Report on vaccination in Madras 1877-1894 - 1877-1894
Year: 1877
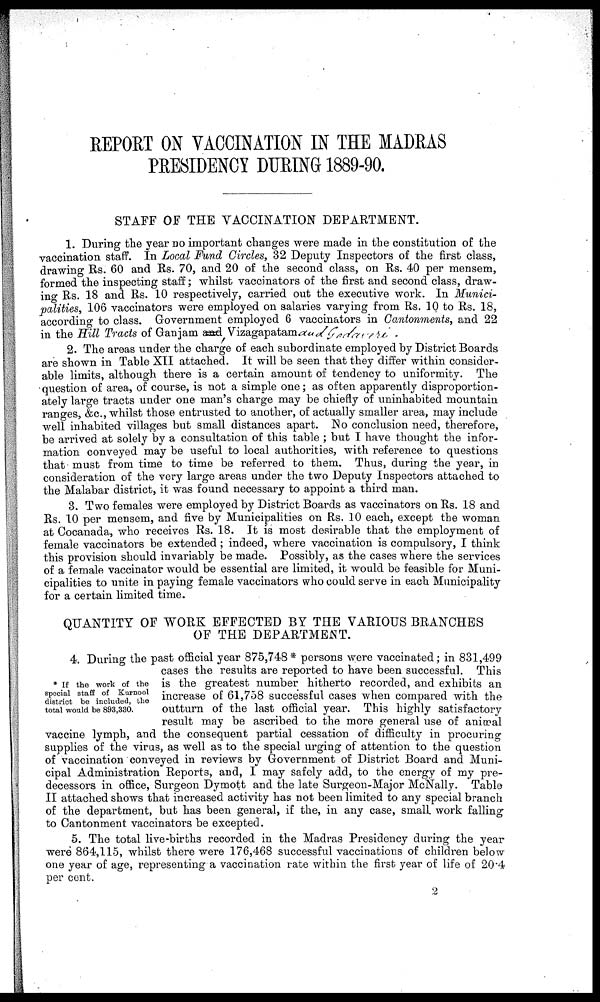
REPORT ON VACCINATION IN THE MADRAS
PRESIDENCY DURING 1889-90.
STAFF OF THE VACCINATION DEPARTMENT.
1. During the year no important changes were made in the constitution of the
vaccination staff. In Local Fund Circles, 32 Deputy Inspectors of the first class,
drawing Rs. 60 and Rs. 70, and 20 of the second class, on Rs. 40 per mensem,
formed the inspecting staff; whilst vaccinators of the first and second class, draw-
ing Rs. 18 and Rs. 10 respectively, carried out the executive work. In Munici-
palities, 106 vaccinators were employed on salaries varying from Rs. 10 to Rs. 18,
according to class. Government employed 6 vaccinators in Cantonments, and 22
in the Hill Tracts of Ganjam and Vizagapatam and Gadavire.
2. The areas under the charge of each subordinate employed by District Boards
are shown in Table XII attached. It will be seen that they differ within consider-
able limits, although there is a certain amount of tendency to uniformity. The
question of area, of course, is not a simple one; as often apparently disproportion-
ately large tracts under one man's charge may be chiefly of uninhabited mountain
ranges, &c., whilst those entrusted to another, of actually smaller area, may include
well inhabited villages but small distances apart. No conclusion need, therefore,
be arrived at solely by a consultation of this table ; but I have thought the infor-
mation conveyed may be useful to local authorities, with reference to questions
that must from time to time be referred to them. Thus, during the year, in
consideration of the very large areas under the two Deputy Inspectors attached to
the Malabar district, it was found necessary to appoint a third man.
3. Two females were employed by District Boards as vaccinators on Rs. 18 and
Rs. 10 per mensem, and five by Municipalities on Rs. 10 each, except the woman
at Cocanada, who receives Rs. 18. It is most desirable that the employment of
female vaccinators be extended; indeed, where vaccination is compulsory, I think
this provision should invariably be made. Possibly, as the cases where the services
of a female vaccinator would be essential are limited, it would be feasible for Muni-
cipalities to unite in paying female vaccinators who could serve in each Municipality
for a certain limited time.
QUANTITY OF WORK EFFECTED BY THE VARIOUS BRANCHES
OF THE DEPARTMENT.
* If the work of the
special staff of Kurnool
district be included, the
total would be 893,330.
4. During the past official year 875,748* persons were vaccinated; in 831,499
cases the results are reported to have been successful. This
is the greatest number hitherto recorded, and exhibits an
increase of 61,758 successful cases when compared with the
outturn of the last official year. This highly satisfactory
result may be ascribed to the more general use of animal
vaccine lymph, and the consequent partial cessation of difficulty in procuring
supplies of the virus, as well as to the special urging of attention to the question
of vaccination conveyed in reviews by Government of District Board and Muni-
cipal Administration Reports, and, I may safely add, to the energy of my pre-
decessors in office, Surgeon Dymott and the late Surgeon-Major McNally. Table
II attached shows that increased activity has not been limited to any special branch
of the department, but has been general, if the, in any case, small work falling
to Cantonment vaccinators be excepted.
5. The total live-births recorded in the Madras Presidency during the year
were 864,115, whilst there were 176,468 successful vaccinations of children below
one year of age, representing a vaccination rate within the first year of life of 20.4
per cent.
2